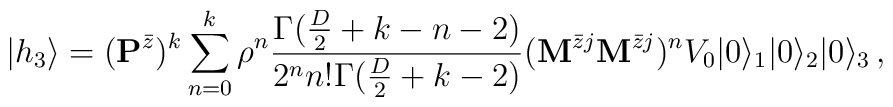
|h_3\rangle=({\bf P}^{\bar{z}})^k\sum_{n=0}^{k}\rho^n\frac{\Gamma(\frac{D}{2}+k-n-2)}{2^n n!\Gamma(\frac{D}{2}+k-2)}({\bf M}^{\bar{z}j}{\bf M}^{\bar{z}j})^nV_0|0\rangle_1|0\rangle_2|0\rangle_3\,,